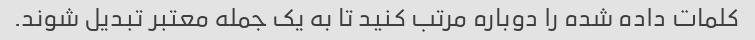
کلمات داده شده را دوباره مرتب کنید تا به یک جمله معتبر تبدیل شوند.